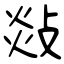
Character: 敥